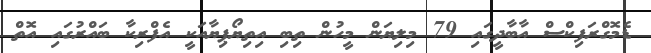
ޑެމޮގްރަފިކްސް އާބާދީގައި 79 މިލިޔަން މީހުން ތިބި އިތިޔޯޕިޔާއަކީ އެފްރިކާ ބައްރުގައި އޮތް